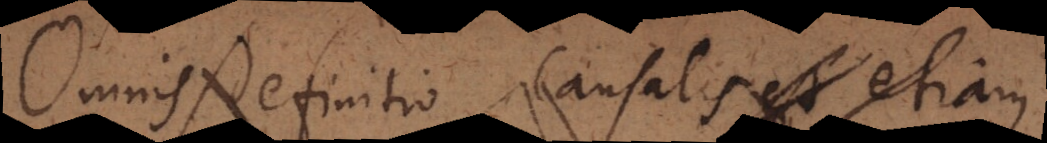
Omnis definitio causalis est etiam